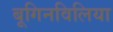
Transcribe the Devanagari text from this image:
बूगिनविलिया